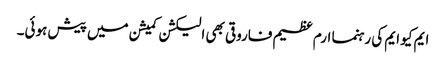
ایم کیو ایم کی رہنما ارم عظیم فاروقی بھی الیکشن کمیشن میں پیش ہوئی۔